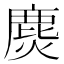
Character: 𲎋